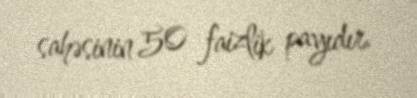
sahəsinin 50 faizlik payıdır.